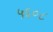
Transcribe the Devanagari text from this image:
५६०८